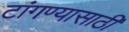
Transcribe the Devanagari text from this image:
टांगण्यासाठी